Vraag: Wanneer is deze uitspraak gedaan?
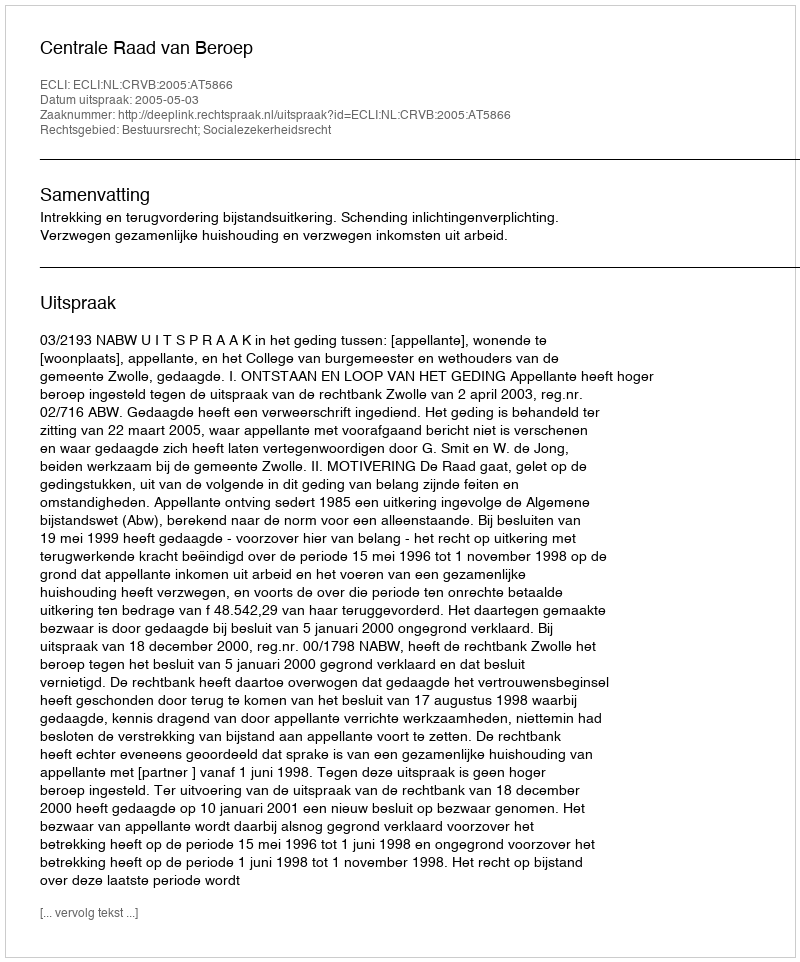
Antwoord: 2005-05-03